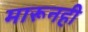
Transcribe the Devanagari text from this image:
मारूनही